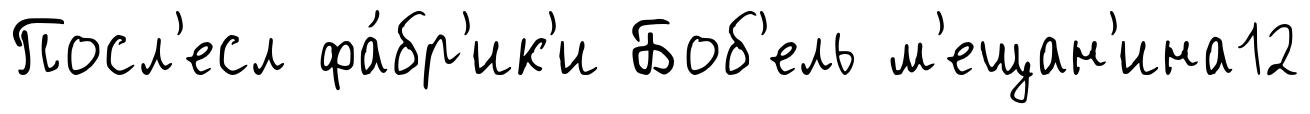
Посл'есл фа́бр'ик'и Боб'ель м'ещан'ина12